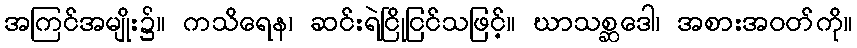
အကြင်အမျိုး၌။ ကသိရေန၊ ဆင်းရဲငြိုငြင်သဖြင့်။ ဃာသစ္ဆဒေါ၊ အစားအဝတ်ကို။